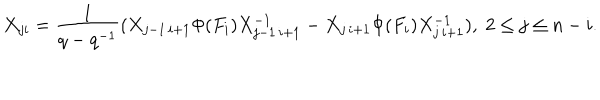
X _ { j i } = \frac { 1 } { q - q ^ { - 1 } } ( X _ { j - 1 \, i + 1 } \Phi ( F _ { i } ) X _ { j - 1 \, i + 1 } ^ { - 1 } - X _ { j \, i + 1 } \Phi ( F _ { i } ) X _ { j \, i + 1 } ^ { - 1 } ) , \; 2 \leq j \leq n - i .